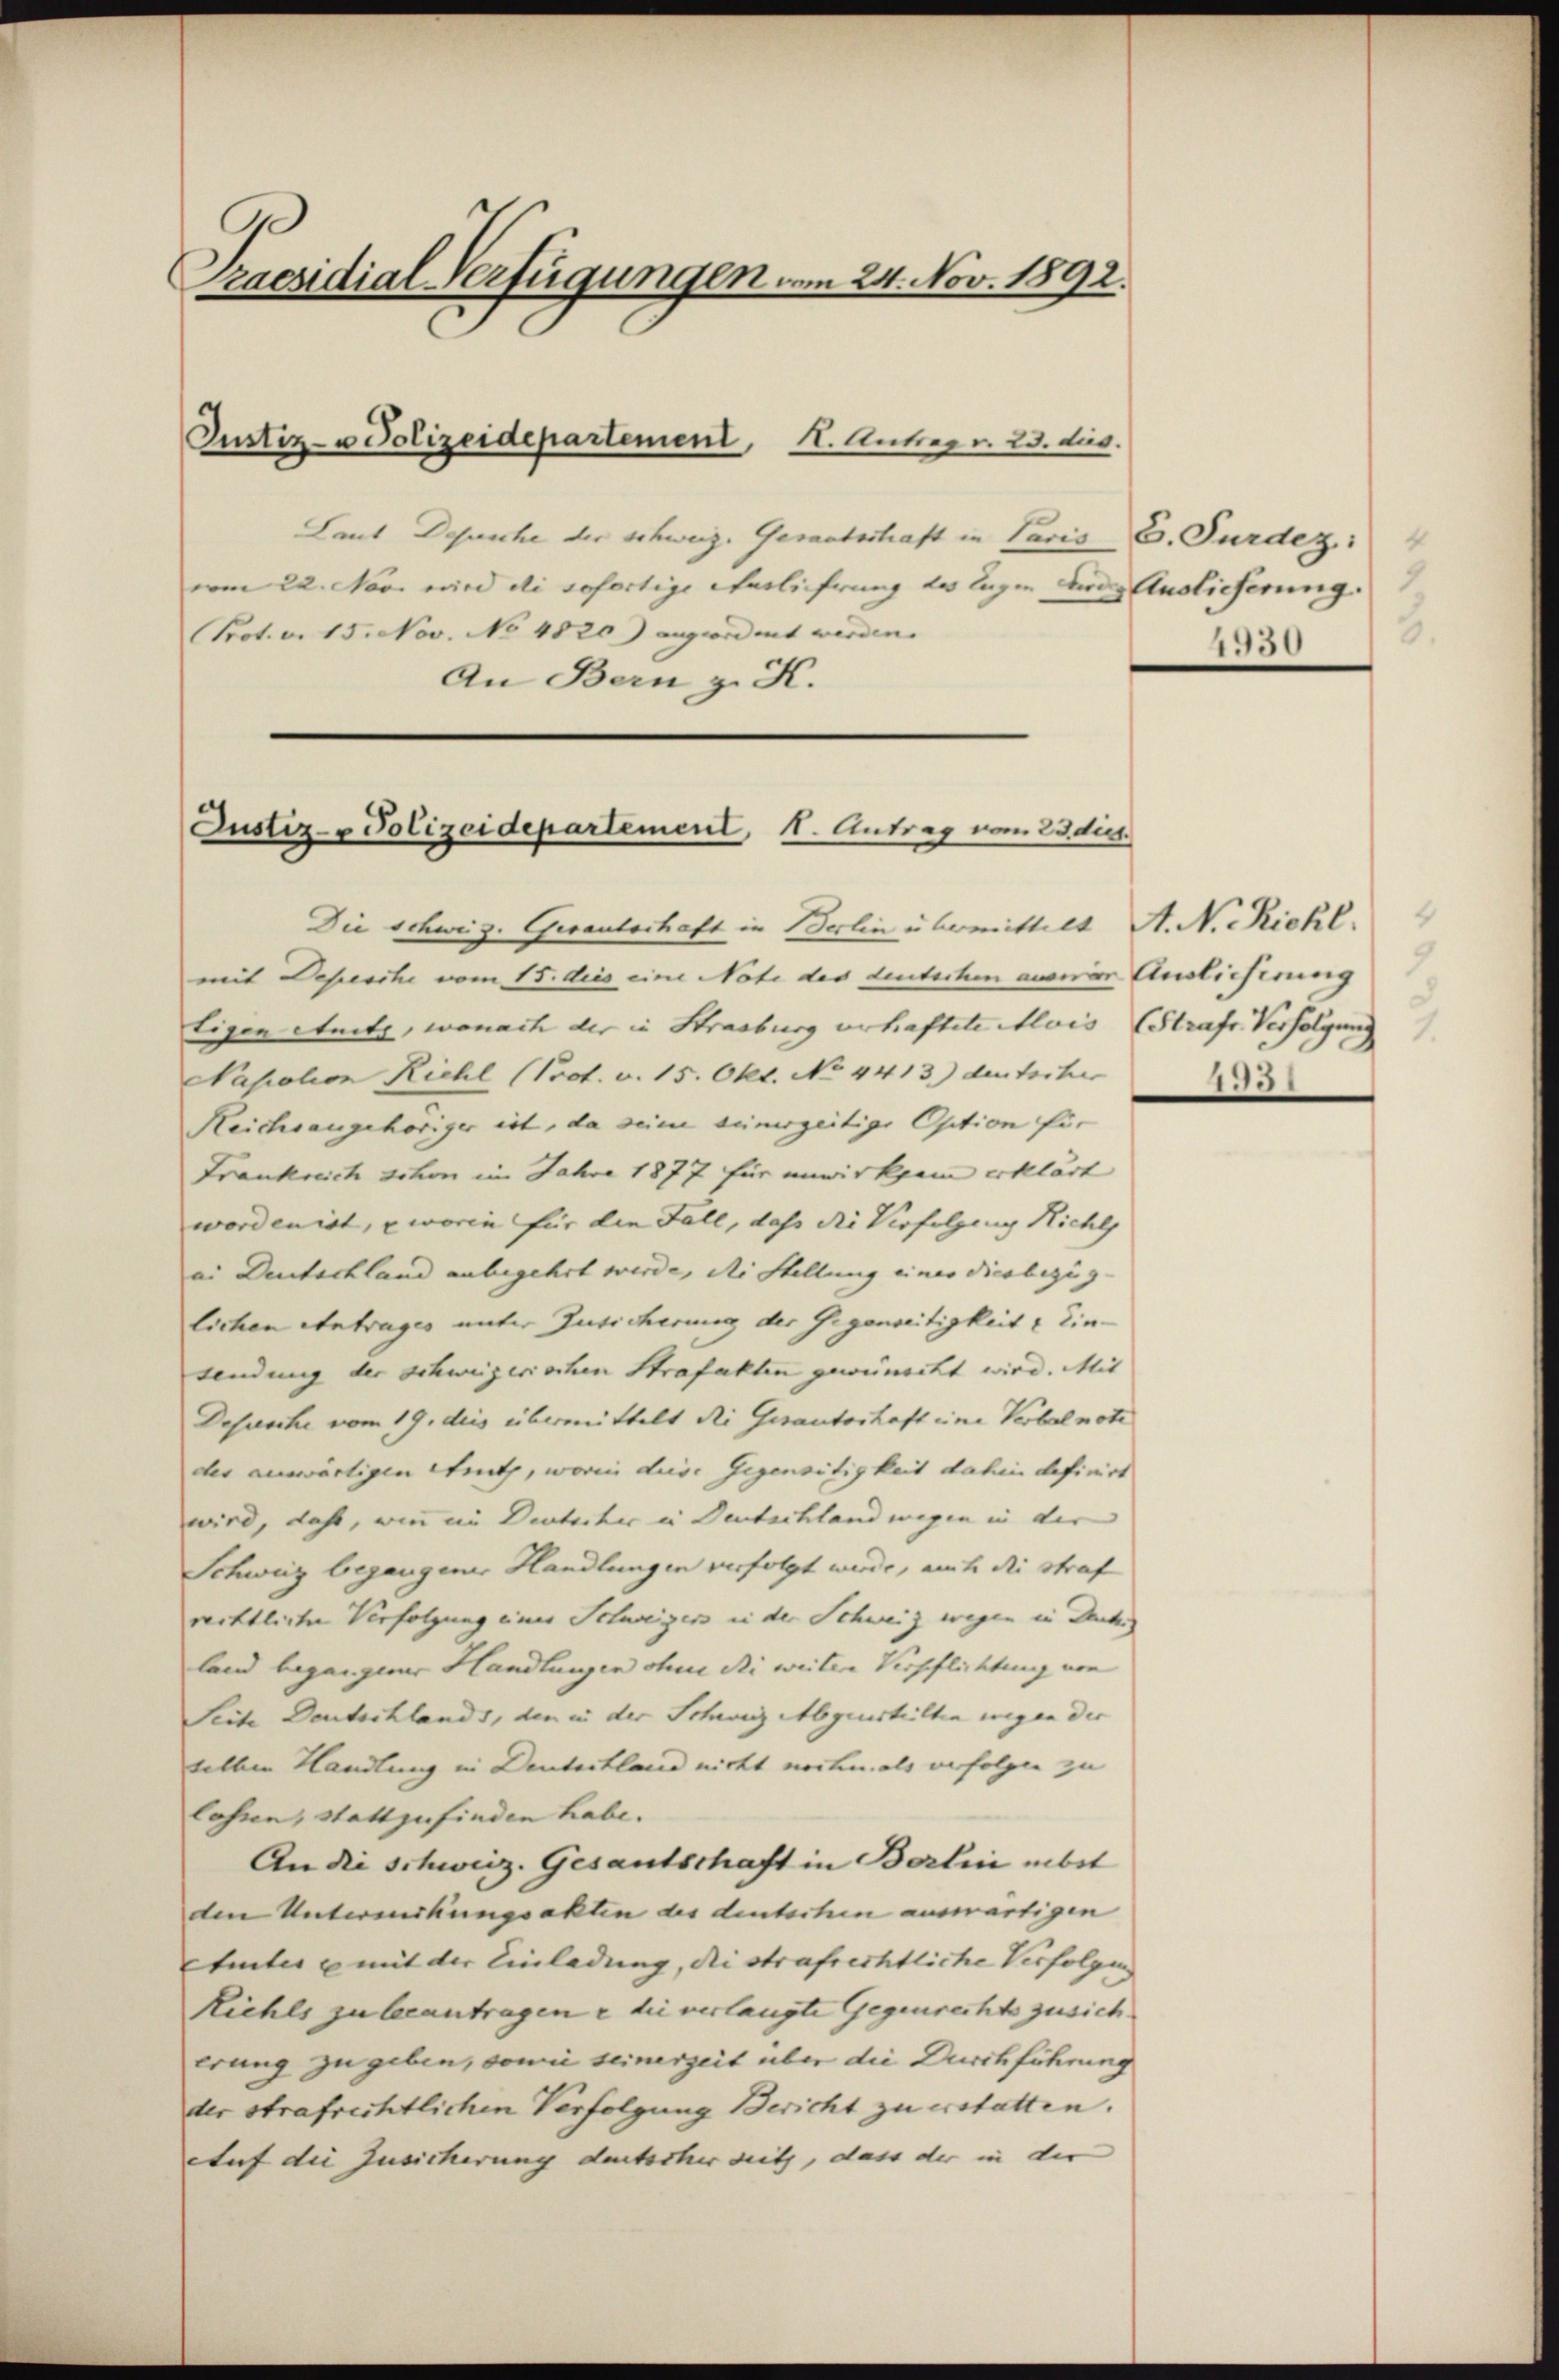
Praesidial-Verfügungen vom 24. Nov. 1892.

Justiz- u Polizeidepartement, 1. Antrag v. 23. dies.

Justiz- & Polizeidepartement, 1. Antrag vom 23. dies

Laut Depesche der schweiz. Gerantschaft in Paris C. Purdez. 4
vom 22. Nove wird die sofortige Verliehrung des lagen die Auslicherung.
Prot. v. 15. Nov. No 4820) angeordnet werden.
An Bern z. K.

Die schweiz. Gesantschaft in Berlin übermittelt A. N. Riehl
mit Depesche vom 15. des eine Note des deutschen aner Auslieferung
Eigen Ante, wonach der in Strasburg erhaftete Alois (Strafe Verfolgung
Nasation Riehl (Prot. v. 15. Okt. No 4413) deutscher
Reichsangehöriger ist, da seine seinerzeitige Option für
Frankreich schon im Jahre 1877 für unwirksam erklärt
worden ist, worin für die Fall, daß die Verfolgung Nichts
ei Deutschland unbegehrt werde, die Stellung einer diesbezig- |
lichen Antrages unter Zusicherung der Gegenseitigkeit & Einsendung der schweizerischen Strafakten gewünscht wird. Mit
Dejusche vom 19. dies übermittelt die Gesanterhaft eine Verbal nota
der auswärtigen Strutz, worin diese Gegensitigkeit dahin definirt
wird, daß, wie ein Deutscher in Deutschland wegen in der
Schweiz begangener Handlungen verfolgt werde, auch die Straf
rechtliche Verfolgung einer Schweizer in der Schweiz wegen in Deuche
land begangener Handlungen ohne di weiter Verpflichtung von
Seite Deutschlands, den in der Schweiz Abgeurteilten wegen der
selben Handlung in Deutschland nicht nochmals verfolgen zu
lossen, stattzufinden habe. |
An die schweiz. Gesantschaft in Berlin nebst
den Unterwirkungsakten des deutschen auswärtigen
Etinter u mit der Einladung, die strafrechtliche Verfolgen
Kiehls zu beantragen e die verlangte Gegenrechts zusich.
erung zu geben, sowie seinerzeit über die Durchführung
der strafrechtlichen Verfolgung Bericht zu erstatten.
Auf die Zusicherung deutscher seits, dass der in der

3
1550

4
3.
155